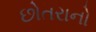
છોતરાનો